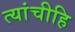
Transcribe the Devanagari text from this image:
त्यांचीहि